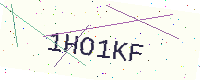
Text: 1HO1KF